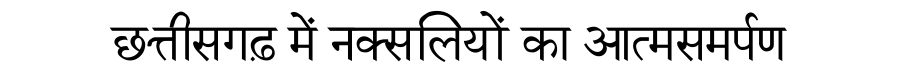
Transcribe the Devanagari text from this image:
छत्तीसगढ़ में नक्सलियों का आत्मसमर्पण